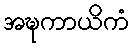
အဍ္ဎကာယိကံ